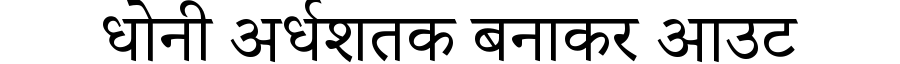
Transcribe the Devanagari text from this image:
धोनी अर्धशतक बनाकर आउट